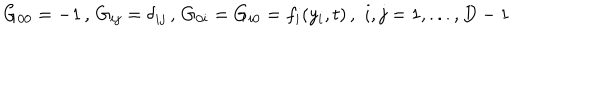
G _ { 0 0 } = - 1 \, , \, G _ { i j } = \delta _ { i j } \, , \, G _ { 0 i } = G _ { i 0 } = f _ { i } ( y _ { i } , t ) \, , \, \, i , j = 1 , . . . , D - 1